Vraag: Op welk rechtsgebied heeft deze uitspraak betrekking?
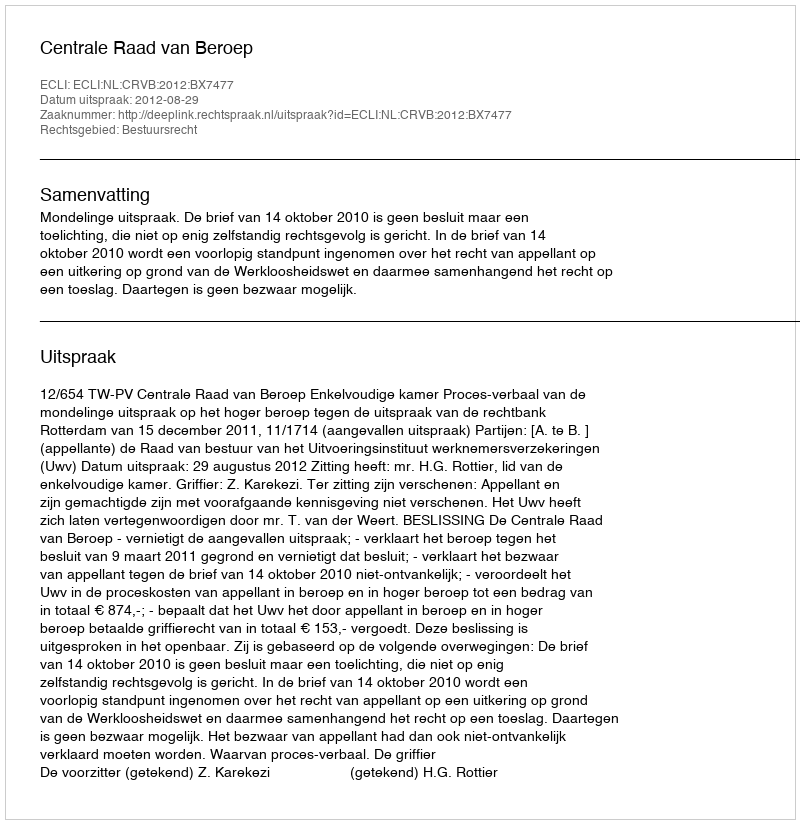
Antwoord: Bestuursrecht